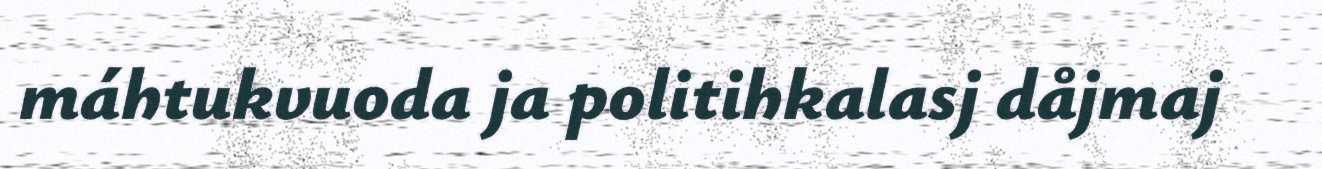
máhtukvuoda ja politihkalasj dåjmaj